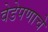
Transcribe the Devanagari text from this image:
वेडेपणाचे